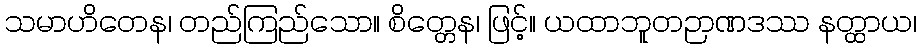
သမာဟိတေန၊ တည်ကြည်သော။ စိတ္တေန၊ ဖြင့်။ ယထာဘူတဉာဏဒဿ နတ္ထာယ၊